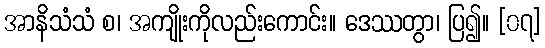
အာနိသံသံ စ၊ အကျိုးကိုလည်းကောင်း။ ဒေဿတွာ၊ ပြ၍။ [၀၇]